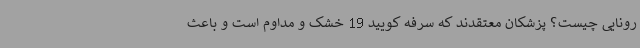
رونایی چیست؟ پزشکان معتقدند که سرفه‌ کویید 19 خشک و مداوم است و باعث